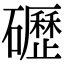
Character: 礰